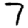
Digit: 7